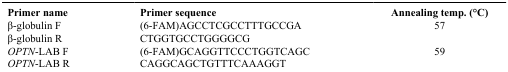
<table><thead><tr><td><b>Primer name</b></td><td><b>Primer sequence</b></td><td><b>Annealing temp. (°C)</b></td></tr></thead><tbody><tr><td>β-globulin F</td><td>(6-FAM)AGCCTCGCCTTTGCCGA</td><td>57</td></tr><tr><td>β-globulin R</td><td>CTGGTGCCTGGGGCG</td><td> </td></tr><tr><td><i>OPTN</i>-LAB F</td><td>(6-FAM)GCAGGTTCCCTGGTCAGC</td><td>59</td></tr><tr><td><i>OPTN</i>-LAB R</td><td>CAGGCAGCTGTTTCAAAGGT</td><td> </td></tr></tbody></table>